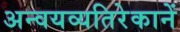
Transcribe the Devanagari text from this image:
अन्वयव्यतिरेकानें